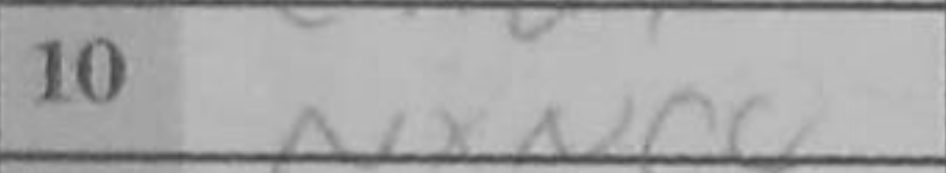
Transcription: NxNc4